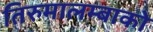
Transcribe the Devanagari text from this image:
तिरुमालम्बाको